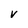
Character: v